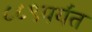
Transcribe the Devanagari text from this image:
८८९पर्यंत